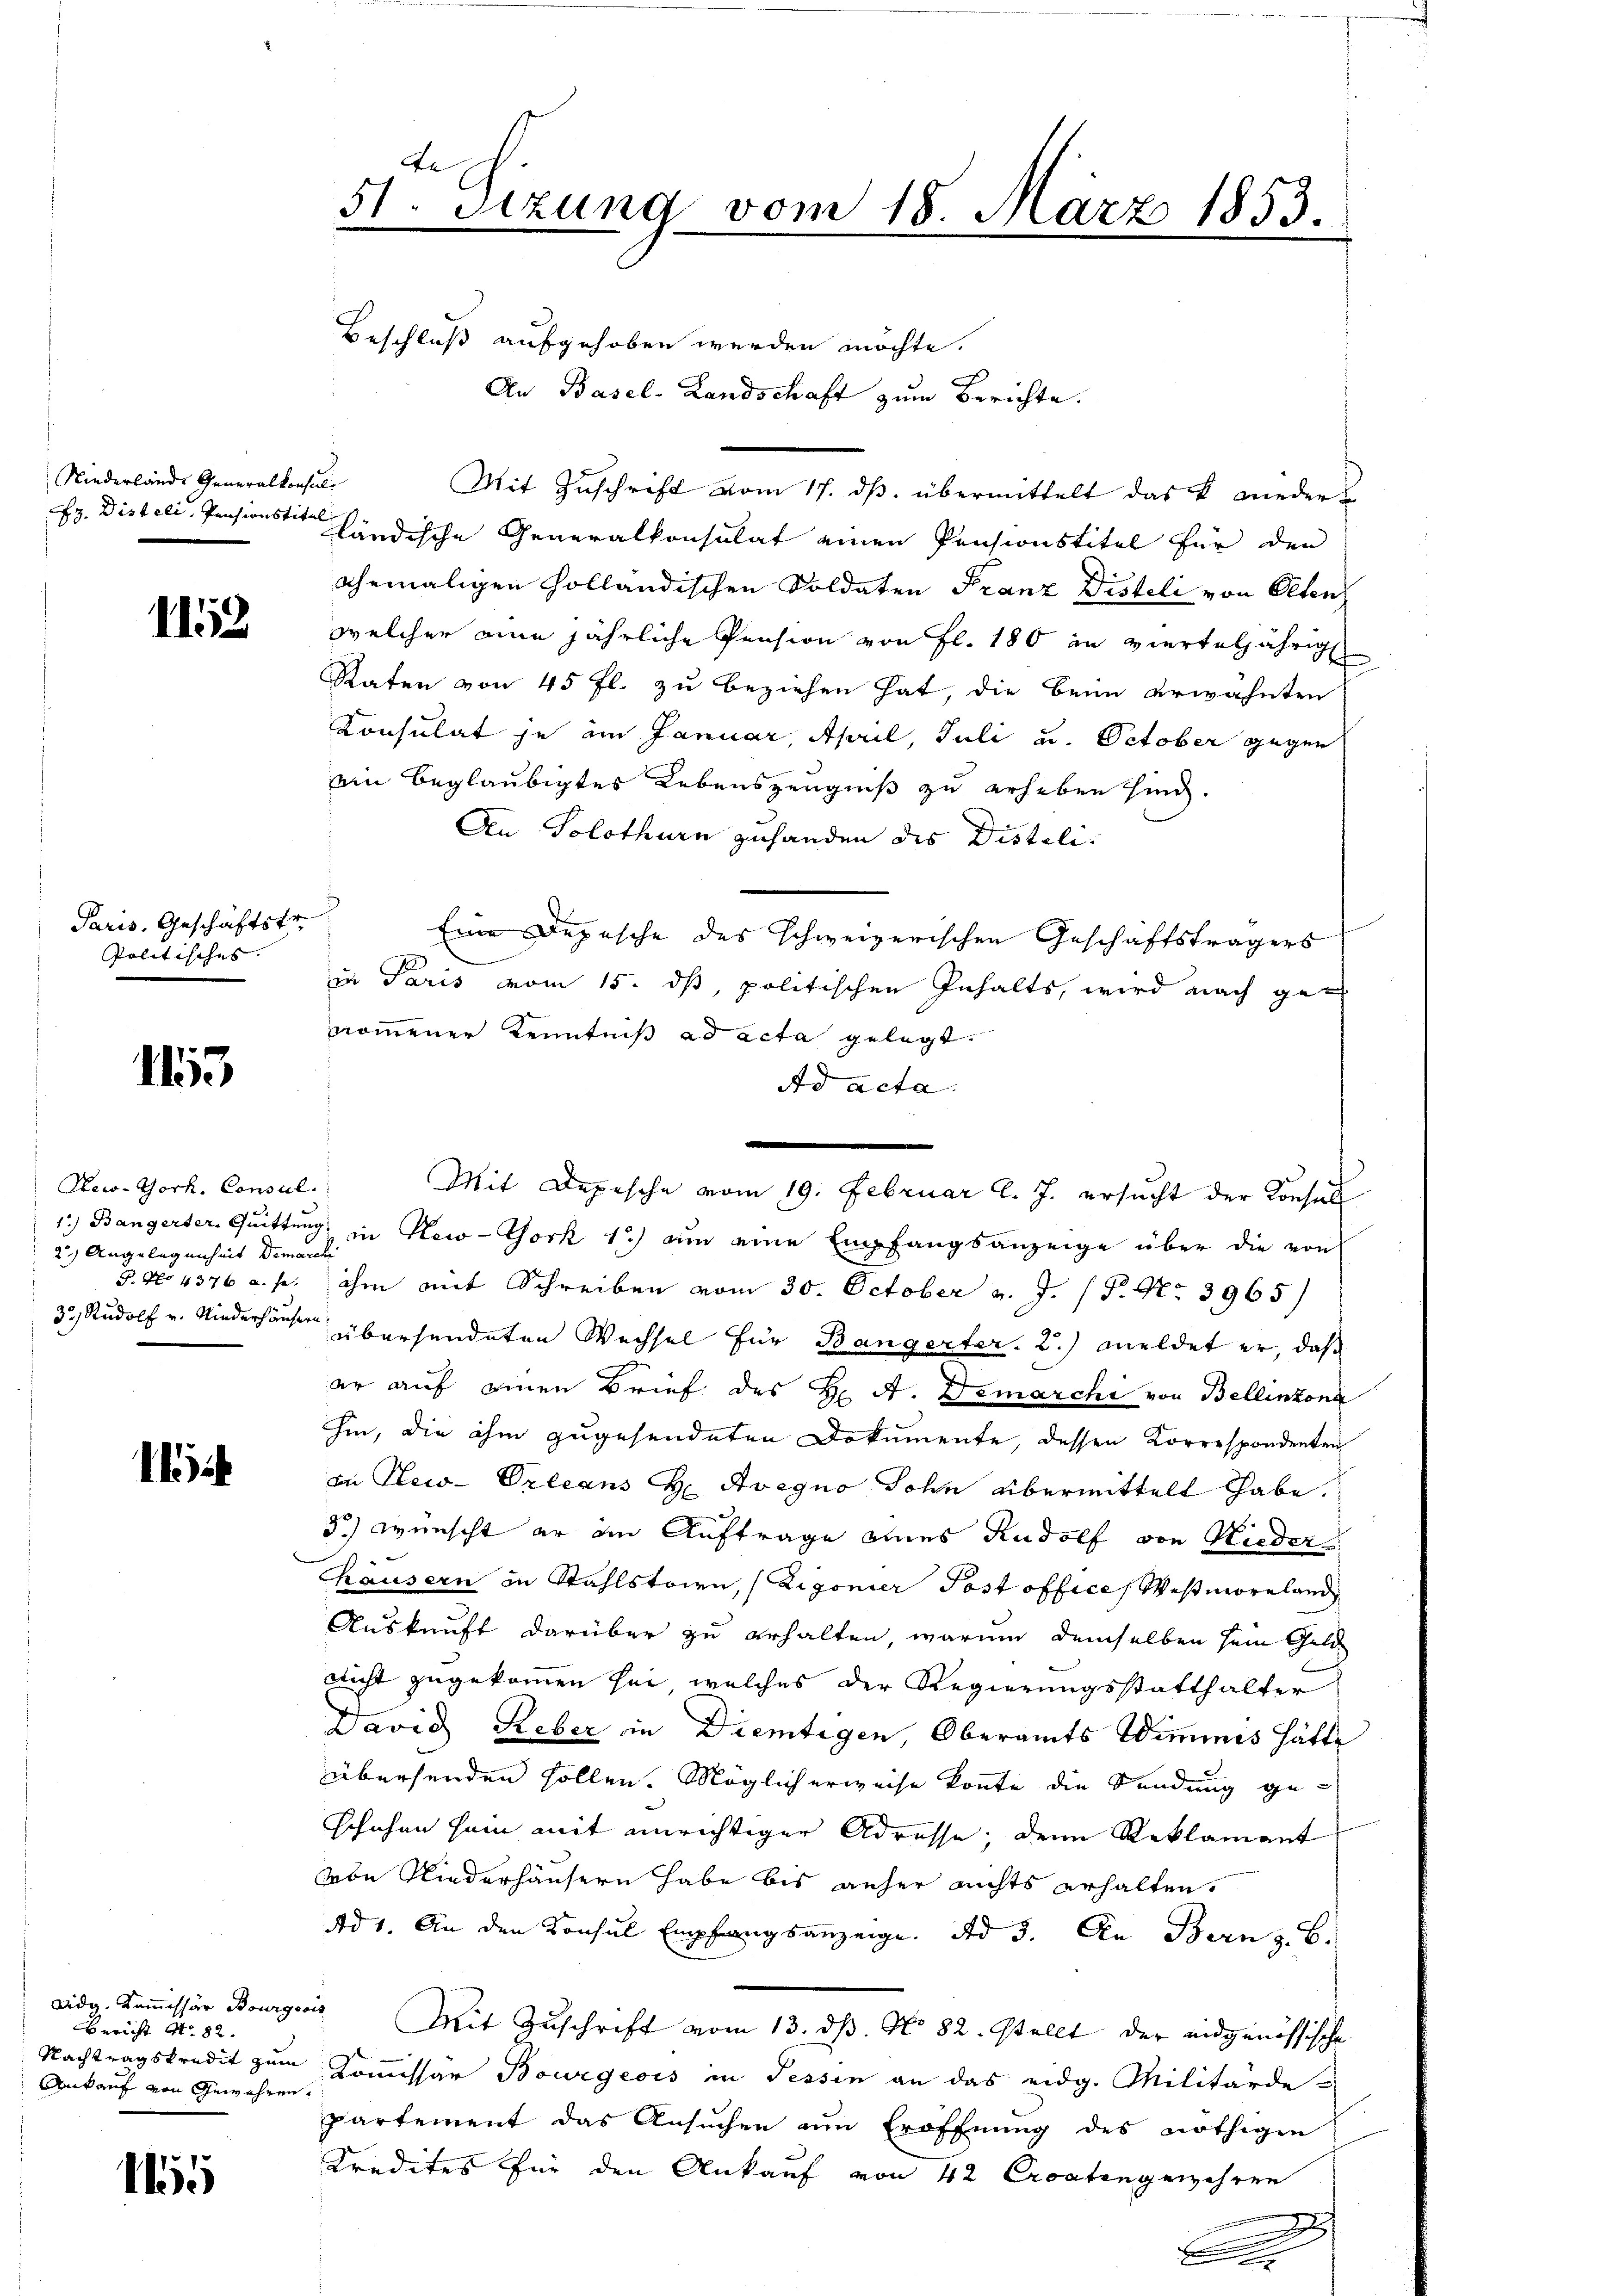
Niederlande Generalkonsul
Ez. Disteli, Pensionstitel

1152

Paris. Geschäftstr.
Politisches.

1153

Rew-York, Consul
2) Angelegenheit Demarchi

e

Bericht No. 82.
Ankauf von Gewähren.

111

te
51. Sitzung vom 18. März 1853.

Beschluß aufgehoben werden möchte.
An Basel-Landschaft zum Berichte.
ländische Generalkonsulat einen Pensionstitel für den
ehemaligen Holländischen Soldaten Franz Disteli von Olten
welcher eine jährliche Pension von fl. 180 in vierteljährig
Raten von 45 fl. zu beziehen hat, die beim erwähnten
Konsulat je im Januar, April, Juli u. October gegen
ein beglaubigtes Lebenszeugniß zu erheben sind.
An Solothurn zuhanden des Distili.
Eine Depesche des schweizerischen Geschäftsträgers
zu Paris vom 15. ds, politischen Inhalts, wird nach genommener Kenntniß ad acta gelegt.
Ad acta.
1.) Bangerter. Quittung, in New-York 1) an eine Empfangsanzeige über die von
8. No 4376 u. s. ihm mit Schreiben vom 30. October v. J. P. Nr. 3965)
33, Rudolf v. Niederhause übersendeten Wechsel für Bangerter. 2.) Meldet er, daß
er auf einen Brief des H. A. Demarchi von Bellinzona
hin, die ihm zugesendeten Dokumente, dessen Korrespondenten
in New-Orleans H Avegno Sohn übermittelt habe.
3.) wünscht er im Auftrage eines Rudolf von Nieder
Chausern in Stahlstoire, (Zigonier Post office, Westmoreland
Auskunft darüber zu erhalten, warum demselben sein Geld
nicht zugekommen sei, welches der Regierungsstatthalter
David Reber in Dientigen, Oberamts Wimmes hätte
übersenden sollen. Möglicherweise konnte die Sendung geschuhen sein mit unrichtiger Adresse, denn Reklamant
von Niederhäusern habe bis anher nichts erhalten.
Ad 1. An den Konsul Empfangsanzeige. Ad 3. An Bern z. B.
vidg. Kommissär Bourgoris Mit Zuschrift vom 13. ds. No 82. Stellt der eidgenössische
Nachtragskredit zum Kommissar Bourgeois in Tessin an das eidg. Militärdepartement das Ansuchen um Eröffnung des nöthigen
Kredites für den Ankauf von 42 Croaten gewähren
.
b

Mit Zuschrift vom 17. ds. übermittelt das k. wieder

Mit Depesche vom 19. Februar l. J. ersucht der Konsul